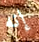
إنه